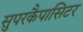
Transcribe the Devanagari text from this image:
सुपरकैपासिटर